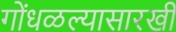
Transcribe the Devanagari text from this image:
गोंधळल्यासारखी